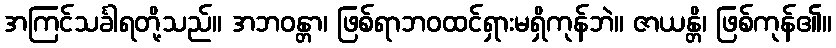
အကြင်သင်္ခါရတို့သည်။ အဘဝန္တာ၊ ဖြစ်ရာဘဝထင်ရှားမရှိကုန်ဘဲ။ ဇာယန္တိ၊ ဖြစ်ကုန်၏။